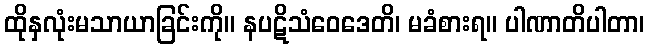
ထိုနှလုံးမသာယာခြင်းကို။ နပဋိသံဝေဒေတိ၊ မခံစားရ။ ပါဏာတိပါတာ၊